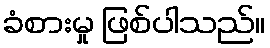
ခံစားမှု ဖြစ်ပါသည်။